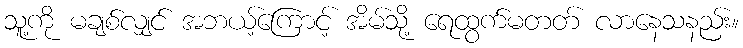
သူ့ကို မချစ်လျှင် အဘယ့်ကြောင့် အိမ်သို့ ရေထွက်မတတ် လာနေသနည်း။